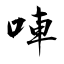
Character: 唓